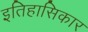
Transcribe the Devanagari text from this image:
इतिहासिकार